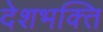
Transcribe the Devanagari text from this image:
देशभक्‍ित